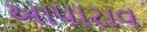
આપારાવ